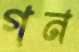
গন